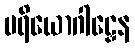
ပရိယောဂါဠှေန